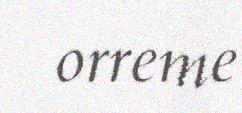
orreme